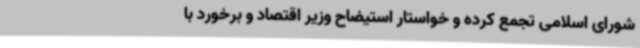
شورای اسلامی تجمع کرده و خواستار استیضاح وزیر اقتصاد و برخورد با